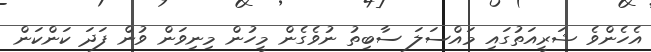
އެހެންވެ ޝަރީއަތުގައި މައްސަލަ ސާބިތު ނުވެގެން މީހުން މިނިވަން ވުން ފަދަ ކަންކަން